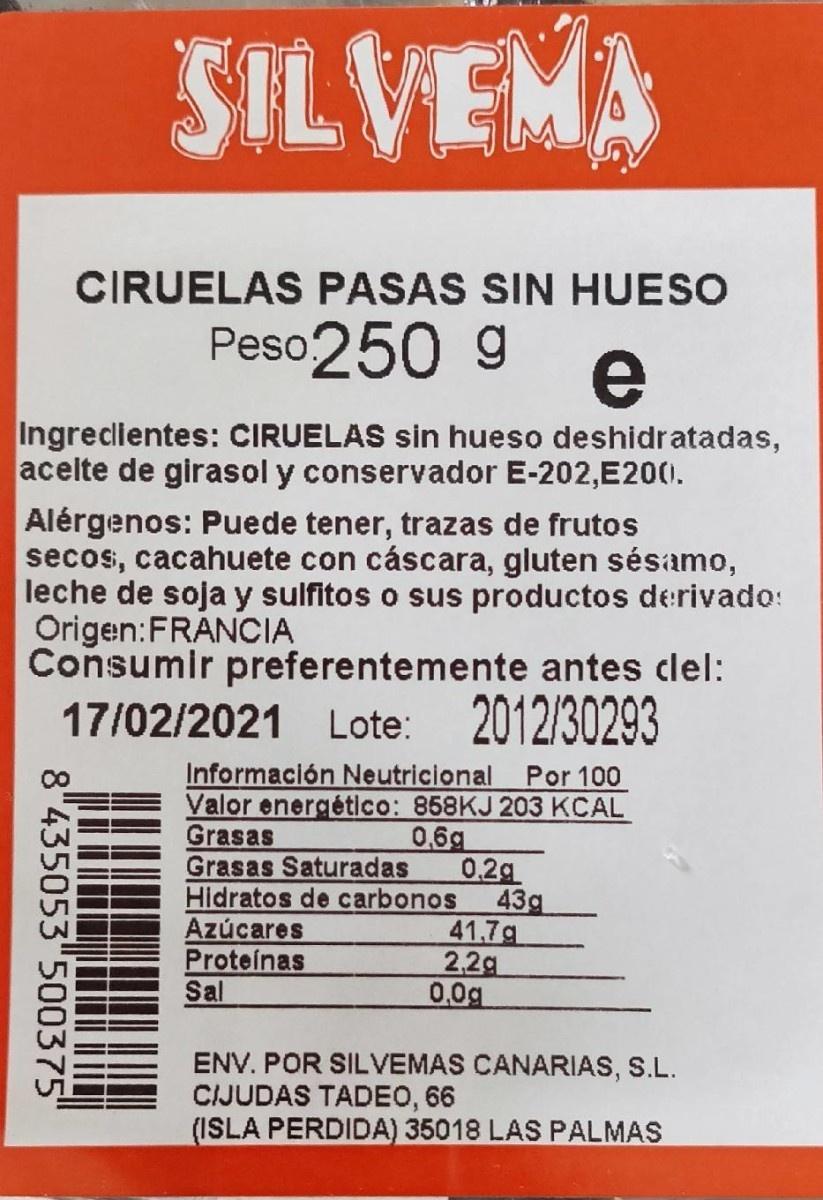
SILVEMA
CIRUELAS PASAS SIN HUESO
Peso250 g
e
Ingreclientes: CIRUELAS sin hueso deshidratadas, acelte de girasol y conservador E-202,E200. Alérgenos: Puede tener, trazas de frutos secos, cacahuete con cáscara, gluten sésamo, leche de soja y sulfitos o sus productos derivado: Origen:FRANCIA Consumir preferentemente antes clel: 17/02/2021 Lote:
2012/30293
Información Neutricional Por 100 Valor energético: 858KJ 203 KCAL Grasas Grasas Saturadas Hidratos de carbonos Azúcares Proteínas Sal
0,6g 0.2g 43g 41.7а 2,2g 0,0g
ENV. POR SILVEMAS CANARIAS, S.L. CIJUDAS TADEO, 66 (ISLA PERDIDA) 35018 LAS PALMAS
8"435053"500375